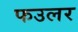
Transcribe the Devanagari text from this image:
फउलर